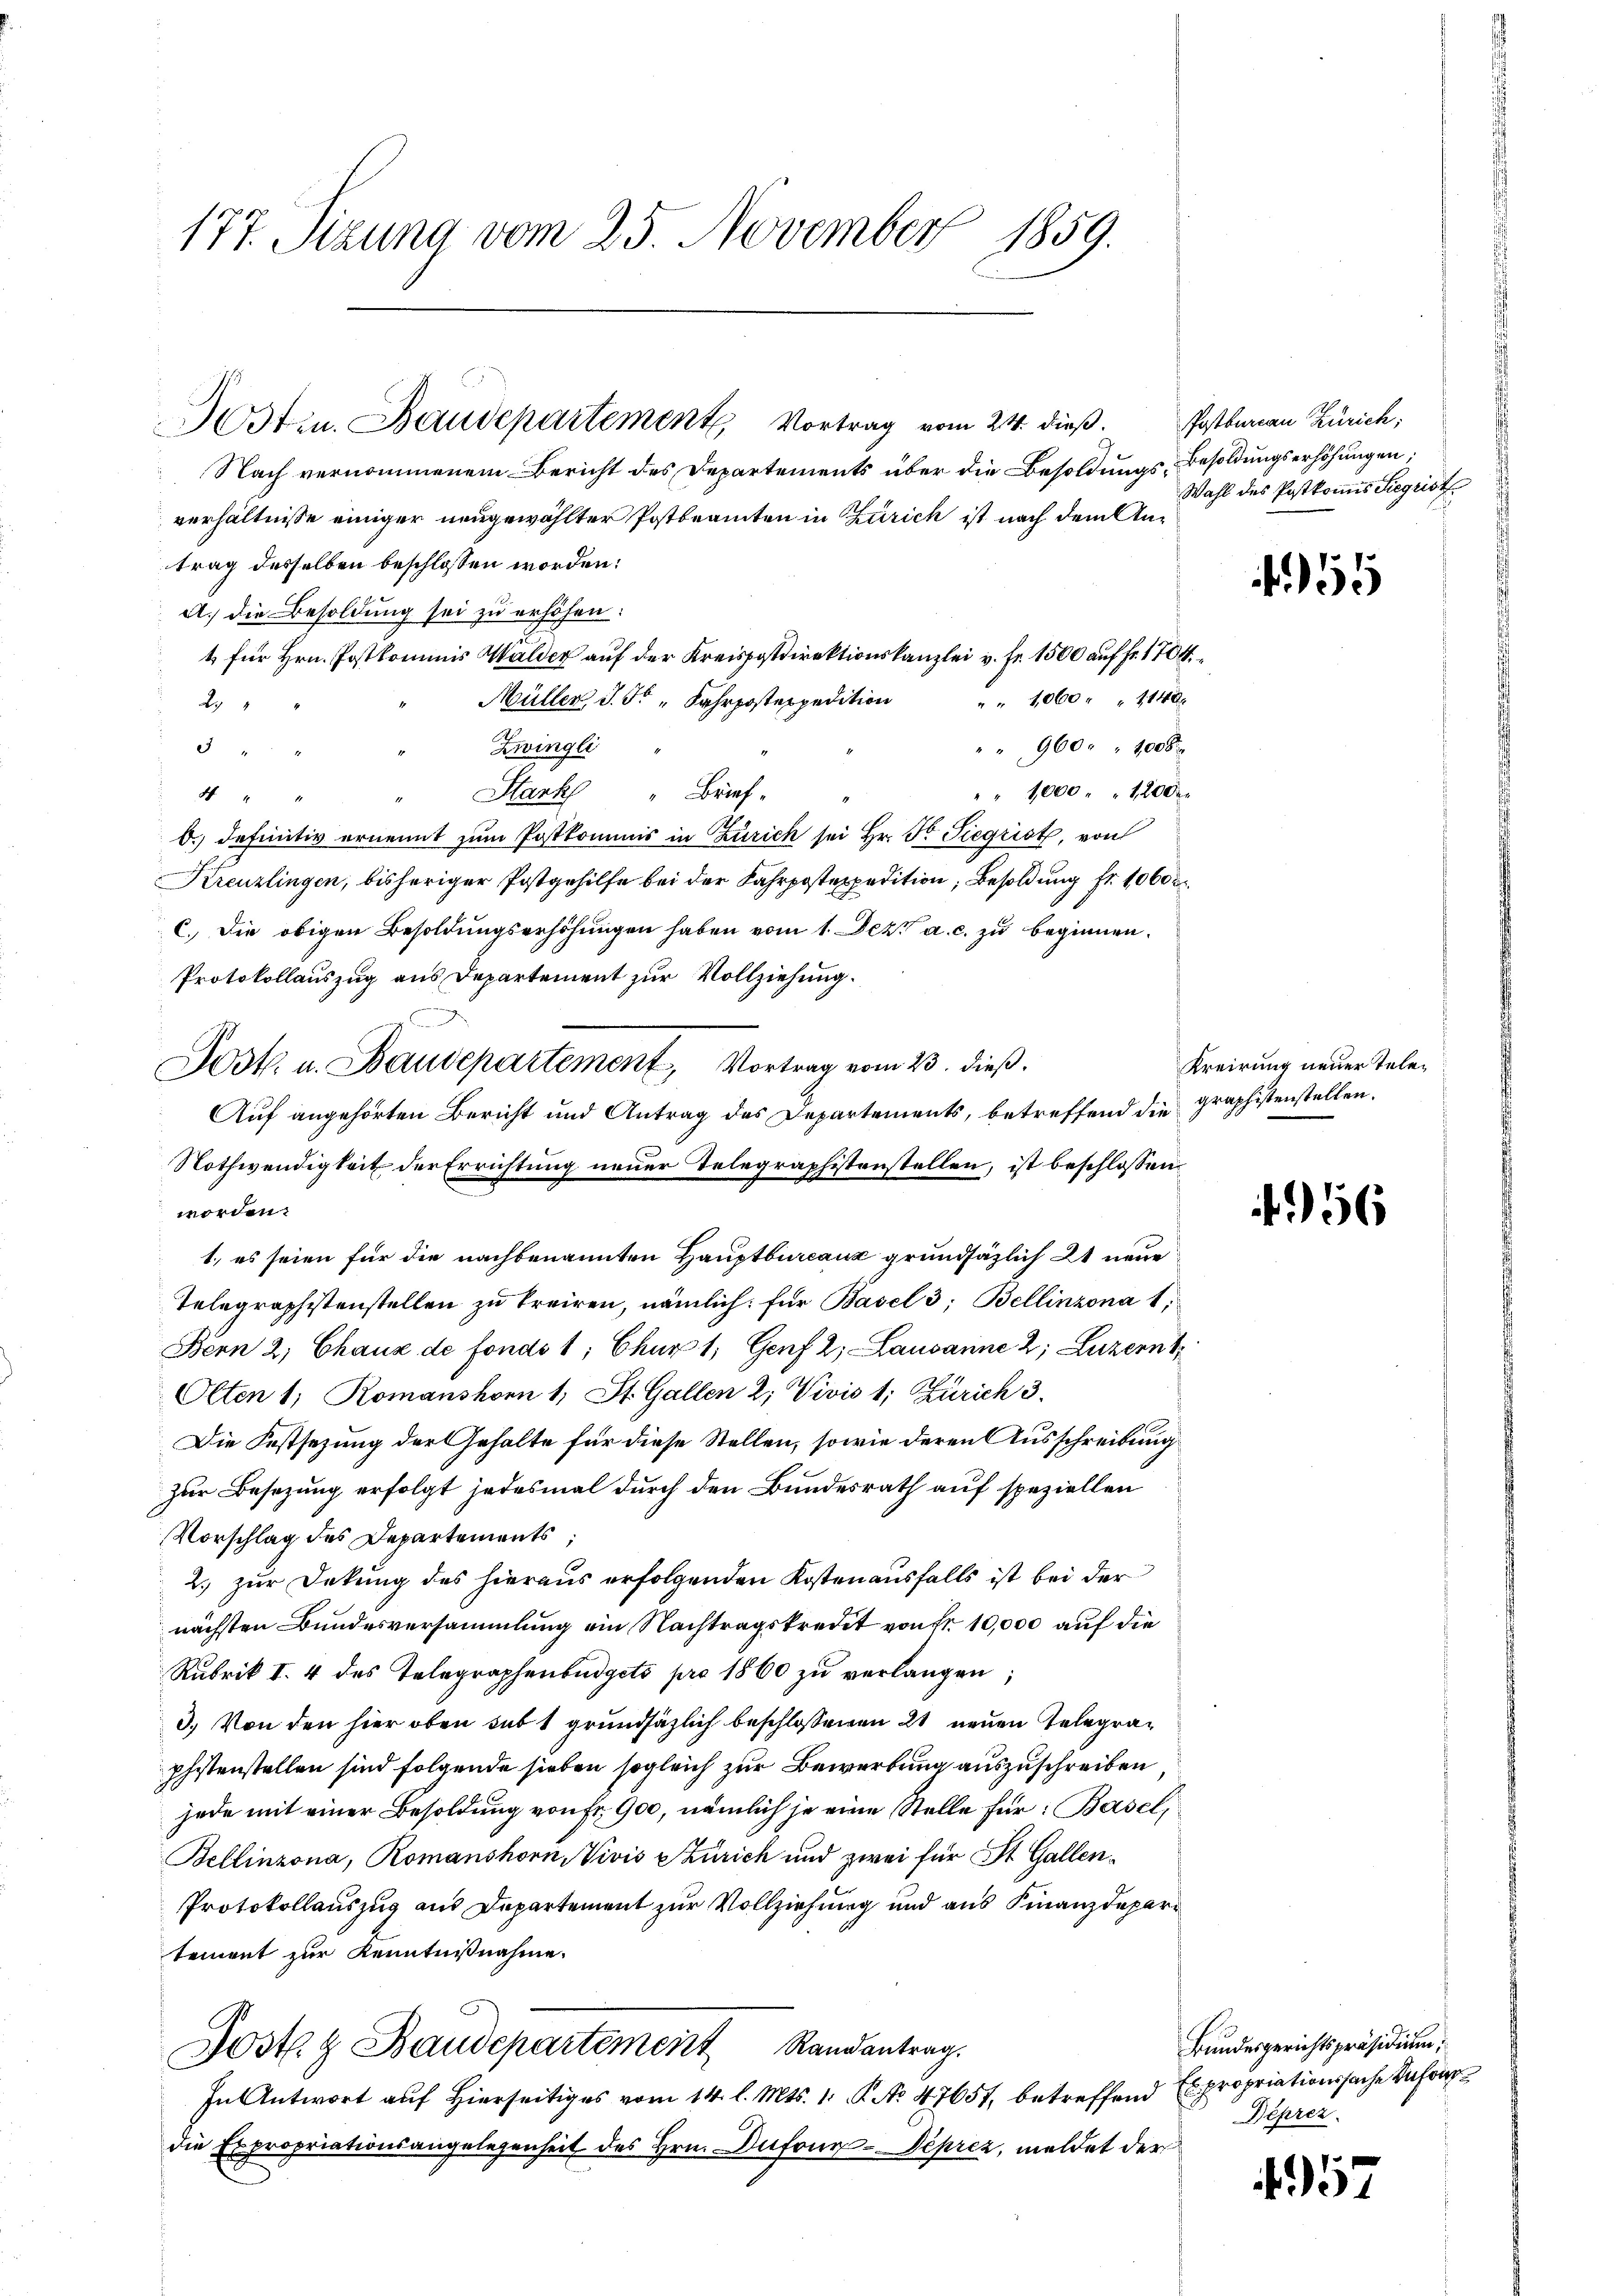
177. Sizung vom 25. November 1859.

J0sten. Baudepartement, Vortrag vom 24. dieß. Postbarian Zürich,

Nach vernommenem Bericht des Departements über die Besoldungs-Besoldungserhöhungen,
verhältnisse einiger neugewählter Postbeamten in Zürich ist nach dem Antrag desselben beschlossen worden:
A. die Besoldung sei zu erhöhen:
1 für Hrn. Postkommis Walder auf der Kreispostdirektionskanzlei v. Fr. 1500 auf fr. 1704
Müller J. F. " Fahrposteppedition " " 1060 " " 114 x
29
Zwingli
" " 960. 1008 x
3
Stark " Brief.
" " 1000 " " 1200 r
4
11
b.) definitiv ernennt zum Postkommis in Zürich sei Hr. Fr. Siegrist, von
Kreuzlingen, bisheriger Postgehilfe bei der Fahrpostexpedition, Besoldung fr. 1000
C. Die obigen Besoldungserhöhungen haben vom 1. Dez. a. c. zu beginnen.
Protokollauszug aus Departement zur Vollziehung.
Auf angehörten Bericht und Antrag des Departements, betreffend die graphistenstellen.
Nothwendigkeit der Errichtung neuer Telegraphistenstellen, ist beschlossen,
worden.
1., es seien für die nachbenannten Hauptbureaux grundsäzlich et neue
Telegraphistenstellen zu treiren, nämlich: für Basel 3; Bellinzona t,
Bern 2; Chaux de fonds 1, Chur 1; Genf 2, Lausanne 2; Luzern,
Olten 1; Romanshon 1, St. Gallen 2 Vivis 1; Zürich 3.
Die Festsezung der Gehalte für diese Stellen, sowie deren Ausschreibung
Zur Besetzung erfolgt jedesmal durch den Bundesrath auf speziellen
Vorschlag des Departements
2. zur Dekung des hieraus erfolgenden Kosten ausfalls ist bei der
nächsten Bundesversammlung ein Nachtragskredit von Nr. 10,000 auf die
Rubrik I. 4 des Telegraphenbüdgets pro 1860 zŭ verlangen;
3.) Von den hier oben sub t grundsätzlich beschlossenen 2 neuen Gelegrapfistenstellen sind folgende sieben sogleich zur Bewerbung auszuschreiben
jede mit einer Besoldung von Fr. 900, nämlich je eine Stelle für: Basel,
Bellinzona, Romanshorn, Vivis Zürich und zwei für St. Gallen¬
Protokollauszug aus Departement zur Vollziehung und aus Finanzdepartement zur Kenntnißnahme.
Jostl. z. Baudepartement Randantrag.
In Antwort auf Hierseitiges vom 14. l. Mts. 1. P. No. 47657, betreffend Expropriationssache Anfor
die Expropriationsangelegenheit des Hrn. Dufonen-Deprez, meldet der

Jost u. Baudepartement, Vortrag vom 23. dieß.

Wahl des Postkomis Siegrist

55

Kreirung neuer Tele¬

56

Bundesgerichtspräsidium,
Deprer.

4957